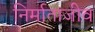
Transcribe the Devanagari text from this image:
निर्माताजीव